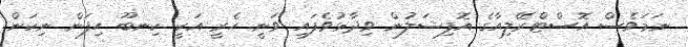
ނަމަވެސް އޮސްޓްރޭލިއާގެ އޮފިޝަލުން ވިދާޅުވެފައި ވަނީ ހެރީ އަކީ ކިނބޫ ހިފަން ނިކަން